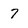
Character: 7